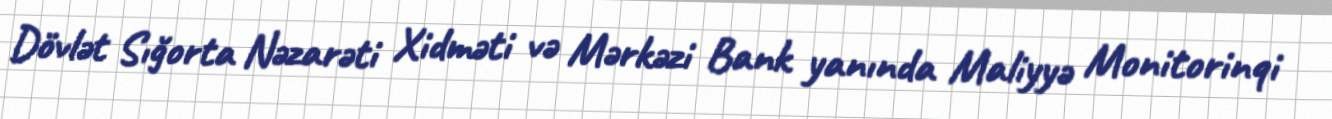
Dövlət Sığorta Nəzarəti Xidməti və Mərkəzi Bank yanında Maliyyə Monitorinqi